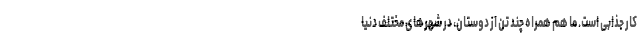
کار جذابی است. ما هم همراه چند تن از دوستان، در شهرهای مختلف دنیا